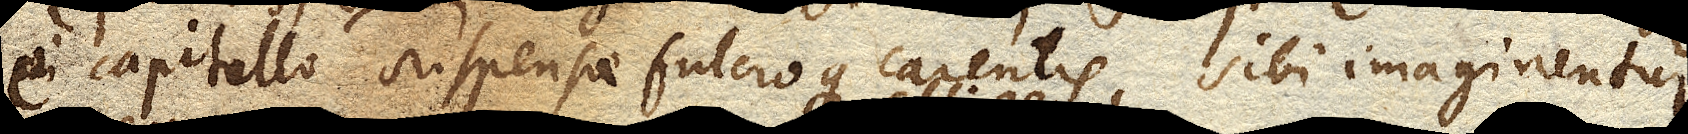
ei capitello suspensae fulcroque carentis, sibi imaginentur.